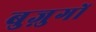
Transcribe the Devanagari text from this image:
बुज़ुगों